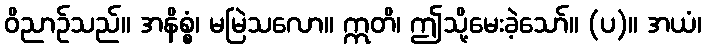
ဝိညာဉ်သည်။ အနိစ္စံ၊ မမြဲသလော။ ဣတိ၊ ဤသို့မေးခဲ့သော်။ (ပ)။ အယံ၊